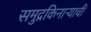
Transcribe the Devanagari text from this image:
समुद्रकिनाऱ्याची